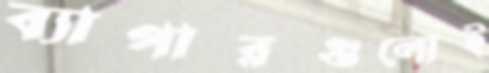
ব্যাপারগুলোই